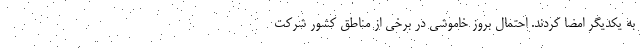
به یکدیگر امضا کردند. احتمال بروز خاموشی در برخی از مناطق کشور شرکت